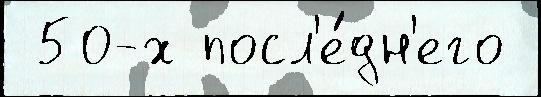
 50-х посл'е́дн'его